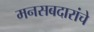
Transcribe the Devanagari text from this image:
मनसबदारांचे